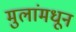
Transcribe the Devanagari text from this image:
मुलांमधून